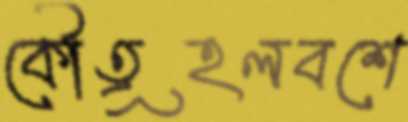
কৌতূহলবশে